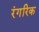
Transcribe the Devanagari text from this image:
रंगरिक